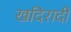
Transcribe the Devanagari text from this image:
खदिरादी